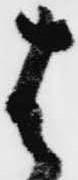
は